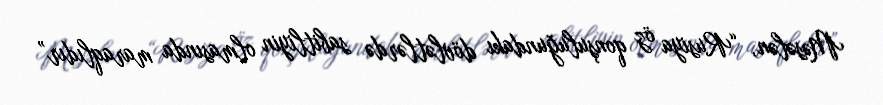
Məsələn, “Rusiya öz qonşuluğundakı dövlətlərdə sabitliyin olmasında maraqlıdır”